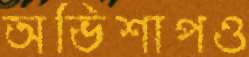
অভিশাপও